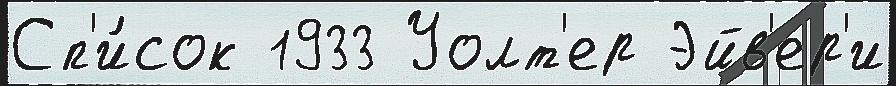
Сп'и́сок 1933 Уолт'ер Эйв'ер'и